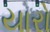
યારો